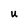
Character: u